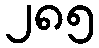
၂၈၅